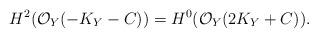
LaTeX: \begin{align*}H^2(\mathcal{O}_Y(-K_Y-C))=H^0(\mathcal{O}_Y(2K_Y+C)).\end{align*}